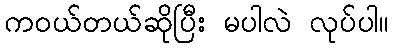
ကဝယ်တယ်ဆိုပြီး မပါလဲ လုပ်ပါ။